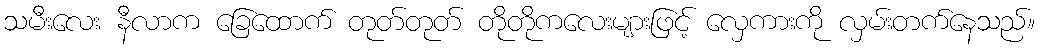
သမီးလေး နီလာက ခြေထောက် တုတ်တုတ် တိုတိုကလေးများဖြင့် လှေကားကို လှမ်းတက်နေသည်။